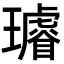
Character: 𤪽